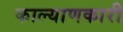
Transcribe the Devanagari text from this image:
काल्याणकारी